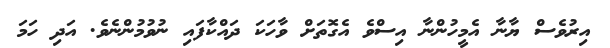
އިރުވެސް ޔާނާ އެމީހުންނާ އިސްވެ އެގޮތަށް ވާހަކަ ދައްކާފައި ނުވުމުންނެވެ. އަދި ހަމަ